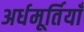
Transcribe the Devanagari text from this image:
अर्धमूर्तियाँ